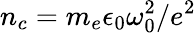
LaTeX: n_{c}=m_{e}\epsilon_{0}\omega_{0}^{2}/e^{2}